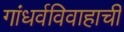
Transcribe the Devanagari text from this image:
गांधर्वविवाहाची